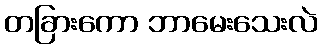
တခြားကော ဘာမေးသေးလဲ